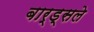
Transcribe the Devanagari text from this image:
बार्ड्सले